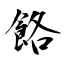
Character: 餎